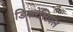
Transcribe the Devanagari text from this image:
डिफरेंसियल